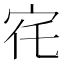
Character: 𡧜